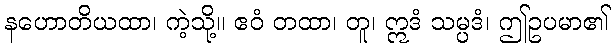
နဟောတိယထာ၊ ကဲ့သို့။ ဧဝံ တထာ၊ တူ၊ ဣဒံ သမ္ပဒံ၊ ဤဥပမာ၏